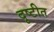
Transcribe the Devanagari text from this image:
दृष्टीत